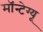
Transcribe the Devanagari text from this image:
मॉन्टेग्यू